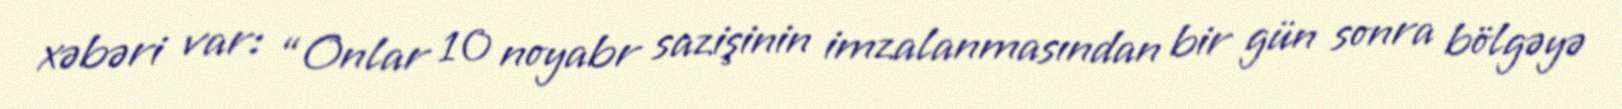
xəbəri var: “Onlar 10 noyabr sazişinin imzalanmasından bir gün sonra bölgəyə